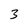
Character: 3